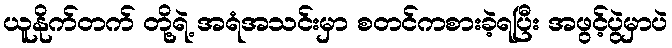
ယူနိုက်တက် တို့ရဲ့ အရံအသင်းမှာ စတင်ကစားခဲ့ရပြီး အဖွင့်ပွဲမှာပဲ